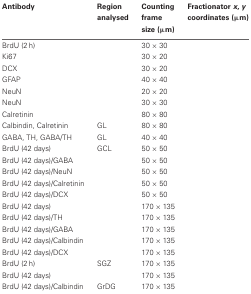
<table><thead><tr><td><b>Antibody</b></td><td><b>Region analysed</b></td><td><b>Counting frame size (μm)</b></td><td><b>Fractionator <i>x</i>, <i>y</i> coordinates (μm)</b></td></tr></thead><tbody><tr><td>BrdU (2 h)</td><td>[EMPTY_CELL]</td><td>30 × 30</td><td>[EMPTY_CELL]</td></tr><tr><td>Ki67</td><td>[EMPTY_CELL]</td><td>30 × 20</td><td>[EMPTY_CELL]</td></tr><tr><td>DCX</td><td>[EMPTY_CELL]</td><td>30 × 20</td><td>[EMPTY_CELL]</td></tr><tr><td>GFAP</td><td>[EMPTY_CELL]</td><td>40 × 40</td><td>[EMPTY_CELL]</td></tr><tr><td>NeuN</td><td>[EMPTY_CELL]</td><td>20 × 20</td><td>[EMPTY_CELL]</td></tr><tr><td>NeuN</td><td>[EMPTY_CELL]</td><td>30 × 30</td><td>[EMPTY_CELL]</td></tr><tr><td>Calretinin</td><td>[EMPTY_CELL]</td><td>80 × 80</td><td>[EMPTY_CELL]</td></tr><tr><td>Calbindin, Calretinin</td><td>GL</td><td>80 × 80</td><td>[EMPTY_CELL]</td></tr><tr><td>GABA, TH, GABA/TH</td><td>GL</td><td>40 × 40</td><td>[EMPTY_CELL]</td></tr><tr><td>BrdU (42 days)</td><td>GCL</td><td>50 × 50</td><td>[EMPTY_CELL]</td></tr><tr><td>BrdU (42 days)/GABA</td><td>[EMPTY_CELL]</td><td>50 × 50</td><td>[EMPTY_CELL]</td></tr><tr><td>BrdU (42 days)/NeuN</td><td>[EMPTY_CELL]</td><td>50 × 50</td><td>[EMPTY_CELL]</td></tr><tr><td>BrdU (42 days)/Calretinin</td><td>[EMPTY_CELL]</td><td>50 × 50</td><td>[EMPTY_CELL]</td></tr><tr><td>BrdU (42 days)/DCX</td><td>[EMPTY_CELL]</td><td>50 × 50</td><td>[EMPTY_CELL]</td></tr><tr><td>BrdU (42 days)</td><td>[EMPTY_CELL]</td><td>170 × 135</td><td>[EMPTY_CELL]</td></tr><tr><td>BrdU (42 days)/TH</td><td>[EMPTY_CELL]</td><td>170 × 135</td><td>[EMPTY_CELL]</td></tr><tr><td>BrdU (42 days)/GABA</td><td>[EMPTY_CELL]</td><td>170 × 135</td><td>[EMPTY_CELL]</td></tr><tr><td>BrdU (42 days)/Calbindin</td><td>[EMPTY_CELL]</td><td>170 × 135</td><td>[EMPTY_CELL]</td></tr><tr><td>BrdU (42 days)/DCX</td><td>[EMPTY_CELL]</td><td>170 × 135</td><td>[EMPTY_CELL]</td></tr><tr><td>BrdU (2 h)</td><td>SGZ</td><td>170 × 135</td><td>[EMPTY_CELL]</td></tr><tr><td>BrdU (42 days)</td><td>[EMPTY_CELL]</td><td>170 × 135</td><td>[EMPTY_CELL]</td></tr><tr><td>BrdU (42 days)/Calbindin</td><td>GrDG</td><td>170 × 135</td><td>[EMPTY_CELL]</td></tr></tbody></table>